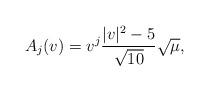
LaTeX: \begin{align*}A_j(v)=v^j\frac{|v|^2-5}{\sqrt{10}}\sqrt{\mu},\end{align*}